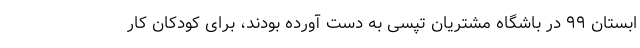
ابستان ۹۹ در باشگاه مشتریان تپسی به دست آورده بودند، برای کودکان کار